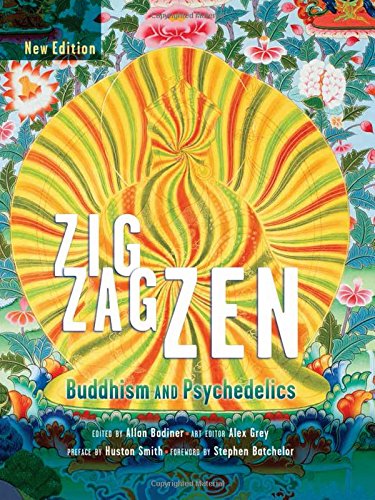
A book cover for Zig Zag Zen: Buddhism and Psychedelics (New Edition); Religion & Spirituality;